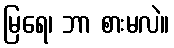
မြရေ၊ ဘာ စားမလဲ။